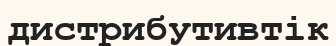
дистрибутивтік